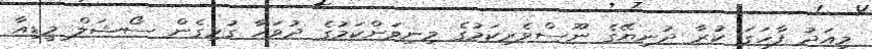
މިއަދު ފާހަގަ ކުރާ ދުނިޔޭގެ ނޫސްވެރިކަމުގެ މިނިވަންކަމުގެ ދުވަހާ ގުޅިގެން ސޯޝަލް މީޑިއާ